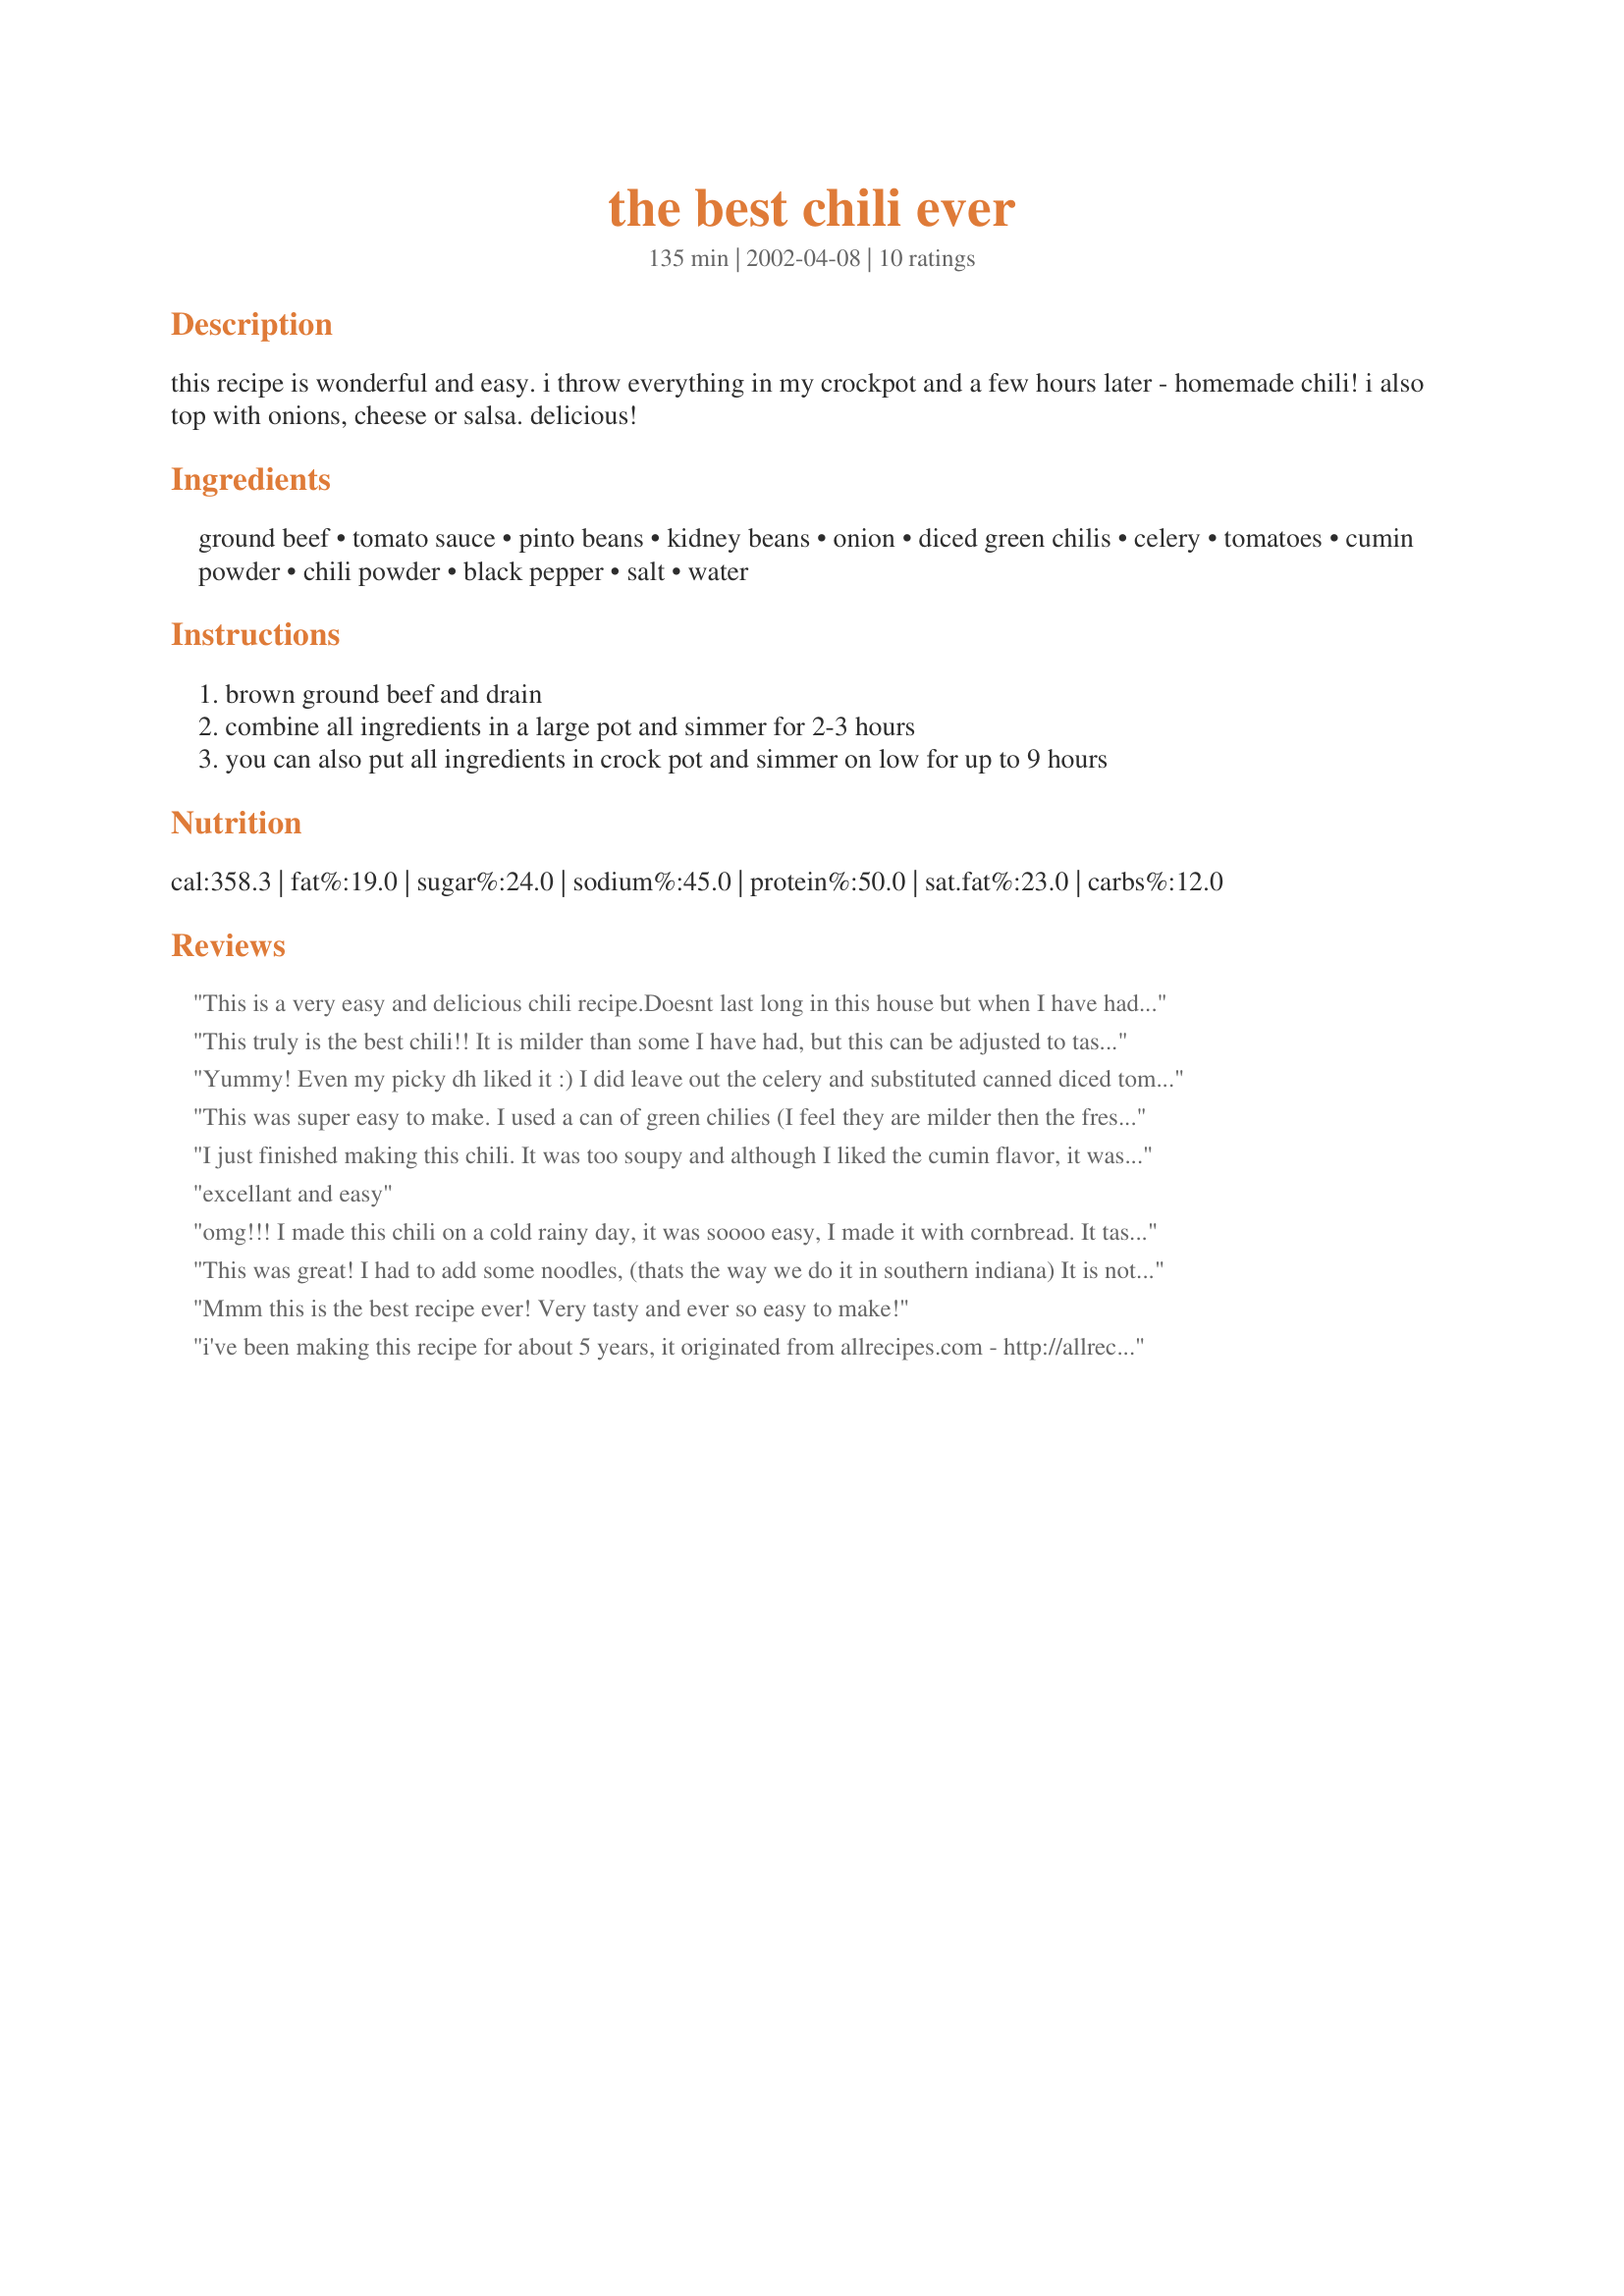
the best chili ever
Preparation time: 135 minutes

this recipe is wonderful and easy. i throw everything in my crockpot and a few hours later - homemade chili! i also top with onions, cheese or salsa. delicious!

Ingredients:
ground beef, tomato sauce, pinto beans, kidney beans, onion, diced green chilis, celery, tomatoes, cumin powder, chili powder, black pepper, salt, water

Steps:
brown ground beef and drain
combine all ingredients in a large pot and simmer for 2-3 hours
you can also put all ingredients in crock pot and simmer on low for up to 9 hours

Reviews:
This is a very easy and delicious chili recipe.Doesnt last long in this house but when I have had extra it freezes really well.
This truly is the best chili!! It is milder than some I have had, but this can be adjusted to taste with a little more chili power or cayenne pepper...or a fresh jalepeno or two. I also added a can of chick peas and cut the hamburger to 1 pound to cut the fat a bit. This is an excellent chili for those cold fall and winter days!
Yummy! Even my picky dh liked it :) I did leave out the celery and substituted canned diced tomatoes for the fresh. Will definitely be using this one again!
This was super easy to make. I used a can of green chilies (I feel they are milder then the fresh) when I made this. It was not to hot for my family and everyone had seconds. This is a very good tasting chili and very filling. I figured it cost just over $6.78 to make this. That is only adding in the cost of the meat ($1.69/pound) and canned goods. $0.57 cents a bowl, not bad.
I just finished making this chili. It was too soupy and although I liked the cumin flavor, it was just another so-so chili...nothing spectacular at all. It was just ground beef with beans basically. I will not make this again.
excellant and easy
omg!!! I made this chili on a cold rainy day, it was soooo easy, I made it with cornbread. It tasted JUST LIKE wendys chili!!! mmmmmm thank you so much for sharing!
 This was great! I had to add some noodles, (thats the way we do it in southern indiana) It is not really hot though, so you may want to add some more spice if you like HOT chili! Overall though, this is the best chili ever, kids and wife agree too.
Mmm this is the best recipe ever! Very tasty and ever so easy to make!
i've been making this recipe for about 5 years, it originated from allrecipes.com - http://allrecipes.com/Recipe/Chili-I-2/Detail.aspx in 2003 - and is AMAZING. it's the only chili i make, and everyone goes nuts for it. i do add 1 can each of kidney/black/pinto beans for variation, and use espresso and guiness.
